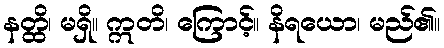
နတ္ထိ၊ မရှိ။ ဣတိ၊ ကြောင့်။ နိရယော၊ မည်၏။